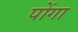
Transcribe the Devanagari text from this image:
पोंगा